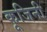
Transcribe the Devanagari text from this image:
कूजिनी